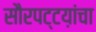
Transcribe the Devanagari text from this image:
सौरपट्टय़ांचा